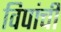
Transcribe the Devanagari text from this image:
विपांची